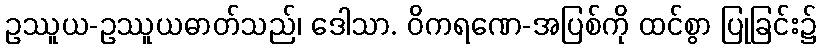
ဥဿူယ-ဥဿူယဓာတ်သည်၊ ဒေါသာ. ဝိကရဏေ-အပြစ်ကို ထင်စွာ ပြုခြင်း၌